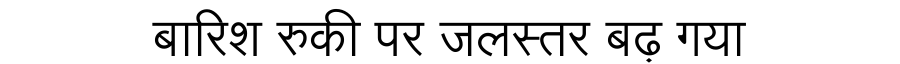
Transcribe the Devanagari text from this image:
बारिश रुकी पर जलस्तर बढ़ गया